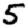
Digit: 5